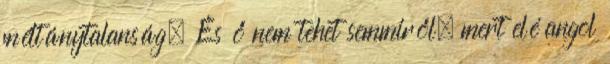
méltánytalanság. És ő nem tehet semmiről, mert elé angol